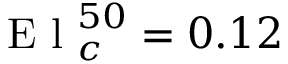
\mathrm { ~ E ~ l ~ } _ { c } ^ { 5 0 } = 0 . 1 2